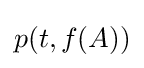
p(t,f(A))